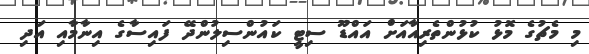
މި މެޗުގެ މޮޅު ކުޅުންތެރިއާއަށް އައްޑޫ ސިޓީ ކައުންސިލުންދޭ ފައިސާގެ އިނާމާއި އަދި